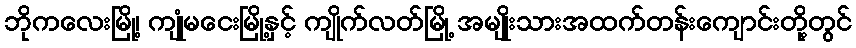
ဘိုကလေးမြို့၊ ကျုံမငေးမြို့နှင့် ကျိုက်လတ်မြို့ အမျိုးသားအထက်တန်းကျောင်းတို့တွင်